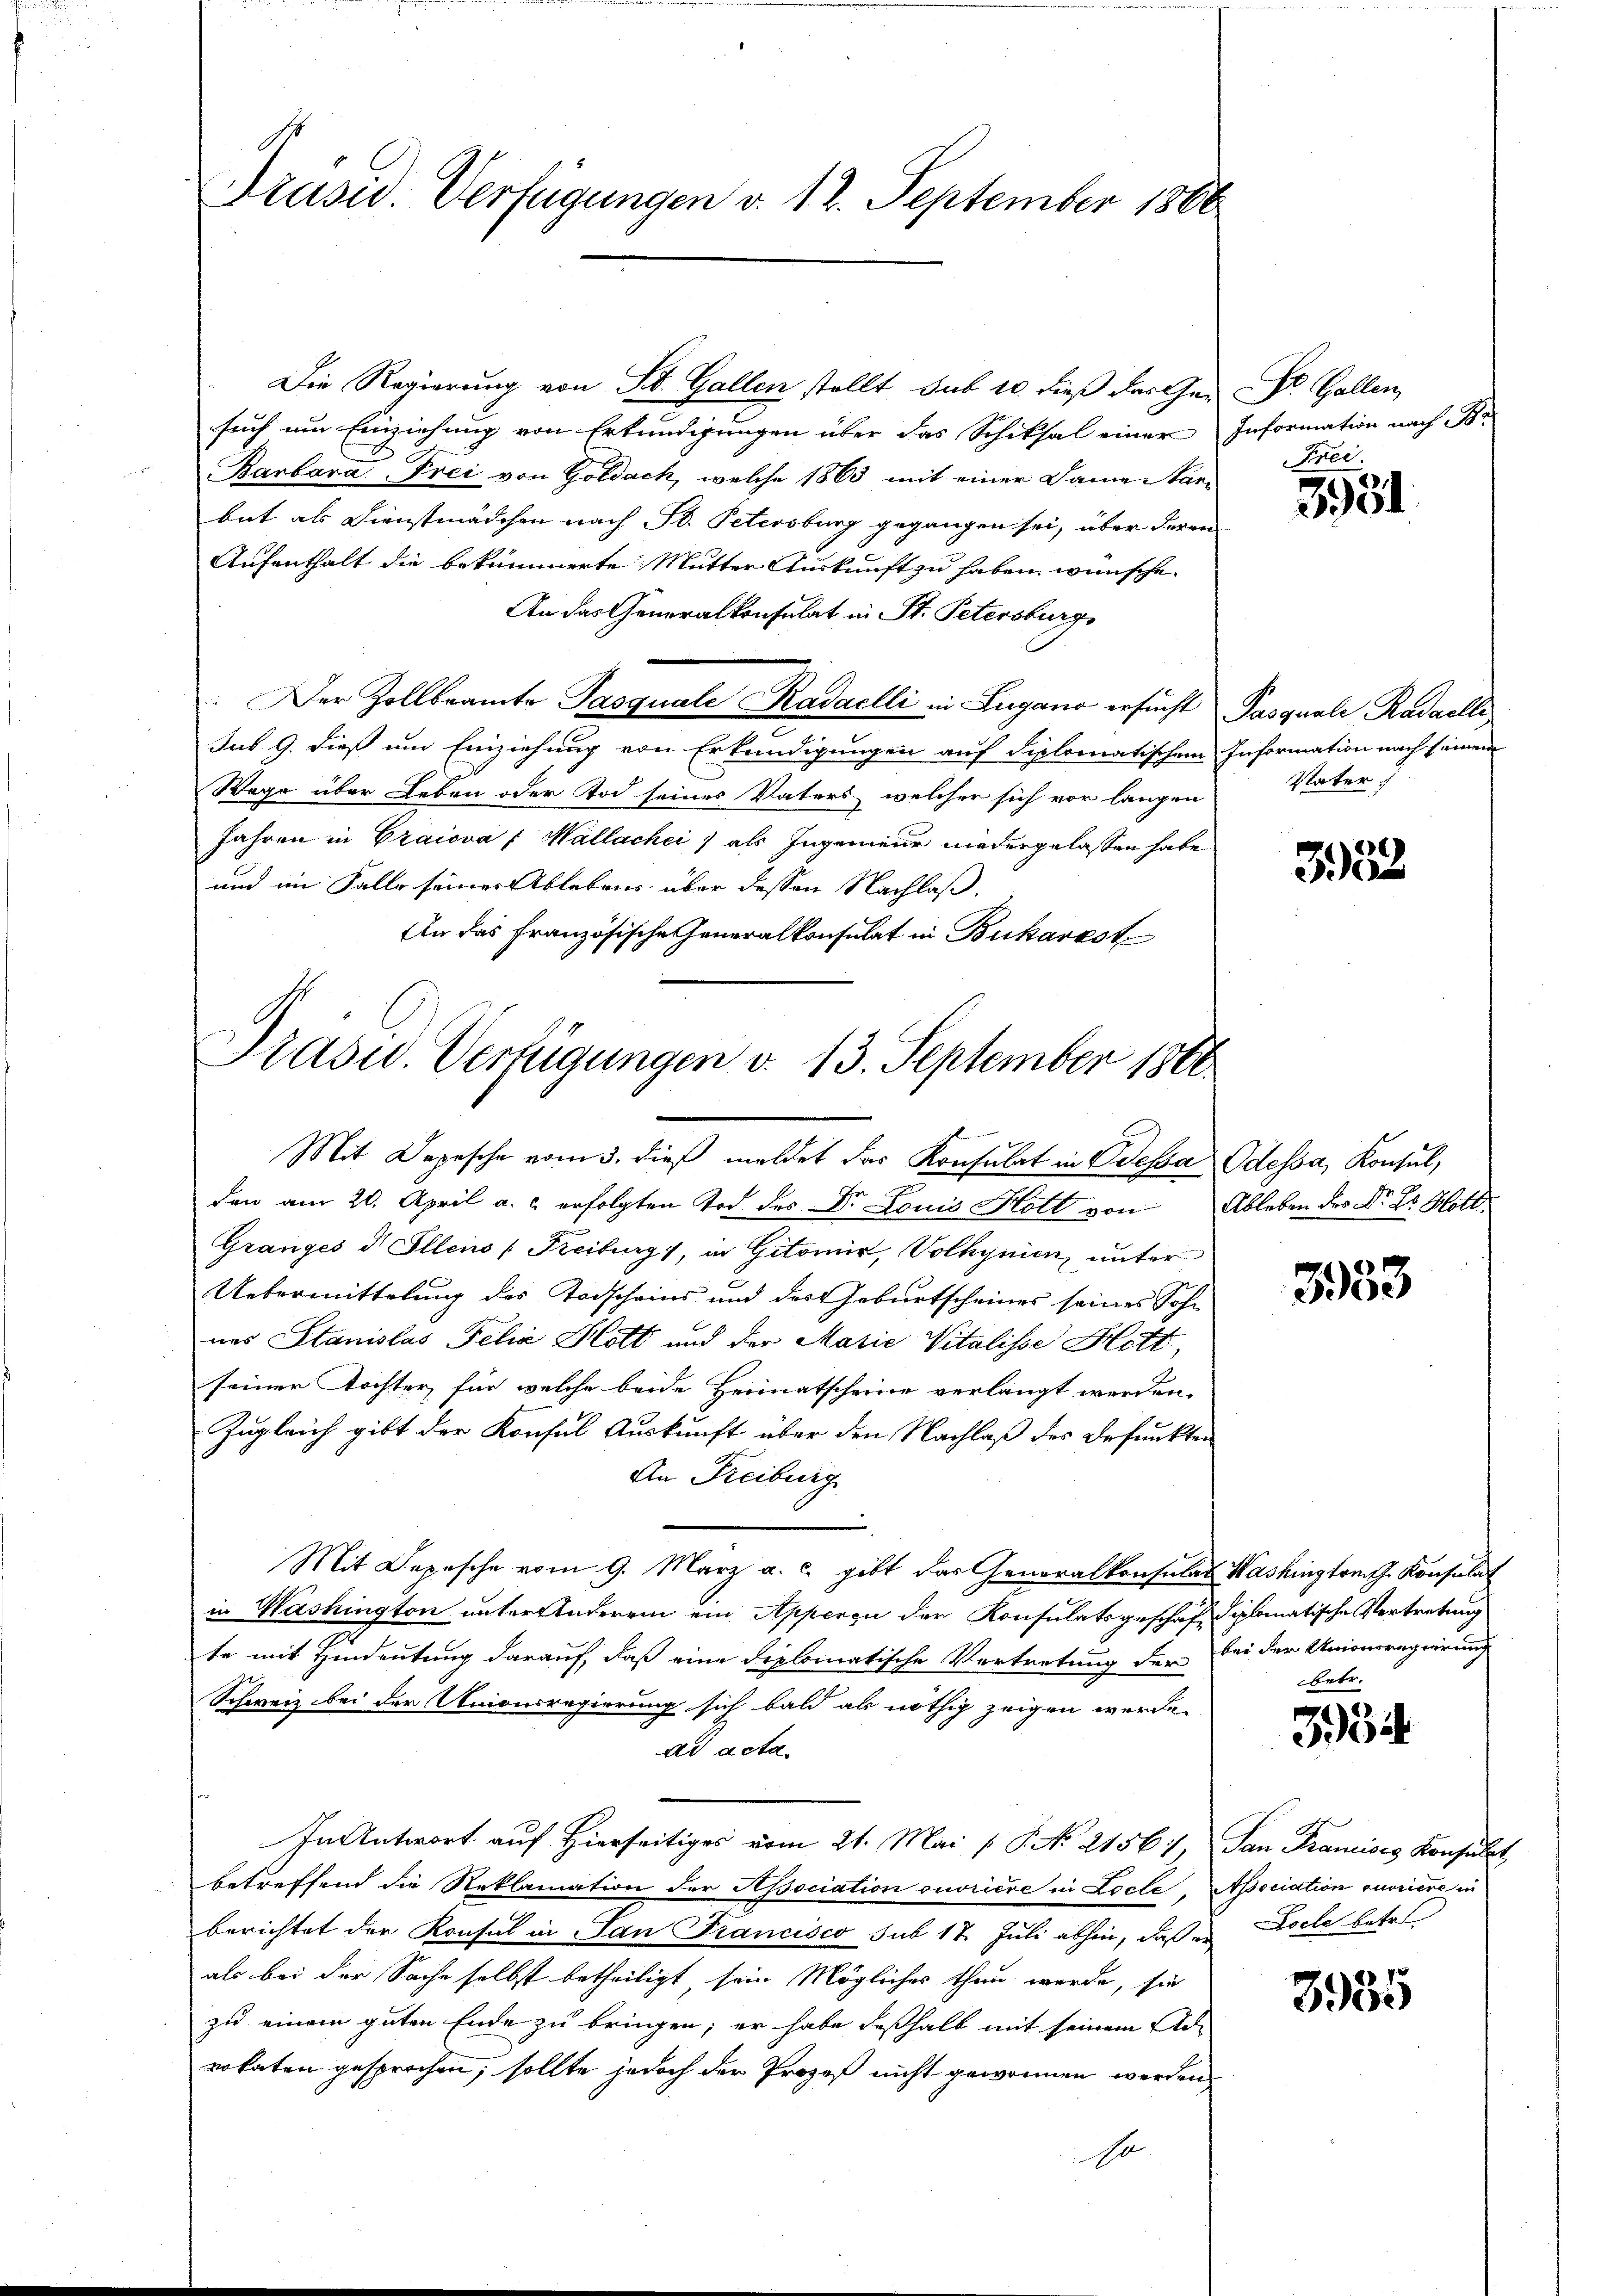
Präsid. Verfügungen d. 12. September 1886

Die Regierung von St. Gallen stellt sub 10. dieß das Ge-
such um Einziehung von Erkundigungen über das Schiksal einer Information nach Br
Barbara, Frei von Goldach, welche 1863 mit einer Damentarbat als Dienstmädchen nach St. Petersburg gegangen sei, über deren
Aufenthalt die bekümmerte Mutter Auskunft zu haben wünsche,
An das Generalkonsulat in St. Petersburg,
.Der Zollbeamte Pasquale Kadaelli in Lugano ersucht
sub. 9. dieß um Einziehung von Erkundigungen auf diplomatischem Information nach seinem
Wage über Leben oder Tod seines Vaters, welcher sich vor langen
Jahren in Craiova : Mallachci) als Ingenieur niedergelassen habe
und im Falle seiner Ablebens über dessen Nachlaß,
An das Französische Generalkonsulat in Bukarest

Prasud. Verfügungen d. 13. September 1800

Mit Depesche vom 3. dieβ meldet der Konsulat in Bessa Odessa, Konsul,
den am 20. April a. c. erfolgten Tod des Dr. Louis Holt von Ableben des Dr. Hs. Hott
Granges d. Ellens (Freiburg), in Gitomir, Volhynien, unter
Uebermittelung des Todscheins und des Geburtscheines seines Sohn
nes Stanislas Felix Hott und der Marie Vitalisse Hott,
seiner Tochter, für welche beide Heimatscheine verlangt werden.
Zugleich gibt der Konsul Auskunft über den Nachlaß des Befunkten
An Freiburg
Mit Depesche vom 9. März a. c. gibt das Generalkonsulas Washington Konsulat
in Washington unter Anderem ein Apperen der Konsulatsgeschaft diplomatische Vertretung
n
te mit Hindeutung darauf, daß eine diplomatische Vertretung der bei der Unionsregierung
Schweiz bei der Unionsregierung sich bald als nöthig zeigen werde.
ad acta
In Antwort auf hierseitiges vom 21. Mai 18. No. 2156), San Francisis Konsulat
betreffend die Reklamation der Association ouvriere in Locte,
berichtet der Konsul in San Francisco sub 17. Juli abhin, daß es Docte betr.
als bei der Sache selbst betheiligt sein Mögliches thun werde, sie
zu einem guten Ende zu bringen; er habe deßhalb mit seinem Ad-
vokaten gesprochen, sollte jedoch der Prozeß nicht gewonnen werden
A

Dr. Gallen,
Frei

5951

Pasquale Radaelle
Vater

382

7
e

betr.

3934

Apociation ouvriere in

3935